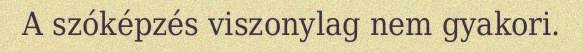
A szóképzés viszonylag nem gyakori.